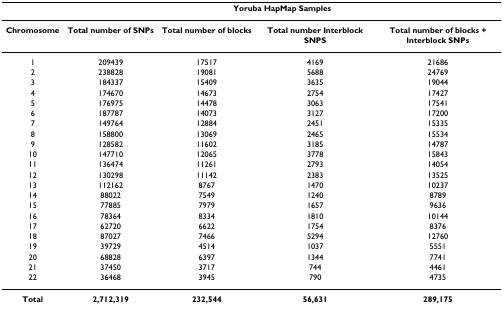
<table><thead><tr><td></td><td colspan="4"><b>Yoruba HapMap Samples</b></td></tr></thead><tbody><tr><td><b>Chromosome</b></td><td><b>Total number of SNPs</b></td><td><b>Total number of blocks</b></td><td><b>Total number Interblock SNPS</b></td><td><b>Total number of blocks + Interblock SNPs</b></td></tr><tr><td>1</td><td>209439</td><td>17517</td><td>4169</td><td>21686</td></tr><tr><td>2</td><td>238828</td><td>19081</td><td>5688</td><td>24769</td></tr><tr><td>3</td><td>184337</td><td>15409</td><td>3635</td><td>19044</td></tr><tr><td>4</td><td>174670</td><td>14673</td><td>2754</td><td>17427</td></tr><tr><td>5</td><td>176975</td><td>14478</td><td>3063</td><td>17541</td></tr><tr><td>6</td><td>187787</td><td>14073</td><td>3127</td><td>17200</td></tr><tr><td>7</td><td>149764</td><td>12884</td><td>2451</td><td>15335</td></tr><tr><td>8</td><td>158800</td><td>13069</td><td>2465</td><td>15534</td></tr><tr><td>9</td><td>128582</td><td>11602</td><td>3185</td><td>14787</td></tr><tr><td>10</td><td>147710</td><td>12065</td><td>3778</td><td>15843</td></tr><tr><td>11</td><td>136474</td><td>11261</td><td>2793</td><td>14054</td></tr><tr><td>12</td><td>130298</td><td>11142</td><td>2383</td><td>13525</td></tr><tr><td>13</td><td>112162</td><td>8767</td><td>1470</td><td>10237</td></tr><tr><td>14</td><td>88022</td><td>7549</td><td>1240</td><td>8789</td></tr><tr><td>15</td><td>77885</td><td>7979</td><td>1657</td><td>9636</td></tr><tr><td>16</td><td>78364</td><td>8334</td><td>1810</td><td>10144</td></tr><tr><td>17</td><td>62720</td><td>6622</td><td>1754</td><td>8376</td></tr><tr><td>18</td><td>87027</td><td>7466</td><td>5294</td><td>12760</td></tr><tr><td>19</td><td>39729</td><td>4514</td><td>1037</td><td>5551</td></tr><tr><td>20</td><td>68828</td><td>6397</td><td>1344</td><td>7741</td></tr><tr><td>21</td><td>37450</td><td>3717</td><td>744</td><td>4461</td></tr><tr><td>22</td><td>36468</td><td>3945</td><td>790</td><td>4735</td></tr><tr><td><b>Total</b></td><td><b>2,712,319</b></td><td><b>232,544</b></td><td><b>56,631</b></td><td><b>289,175</b></td></tr></tbody></table>